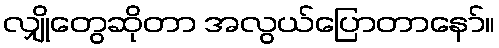
လျှိုတွေဆိုတာ အလွယ်ပြောတာနော်။